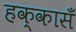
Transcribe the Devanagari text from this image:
हक्कासँ